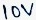
Text: 10V